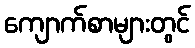
ကျောက်စာများတွင်